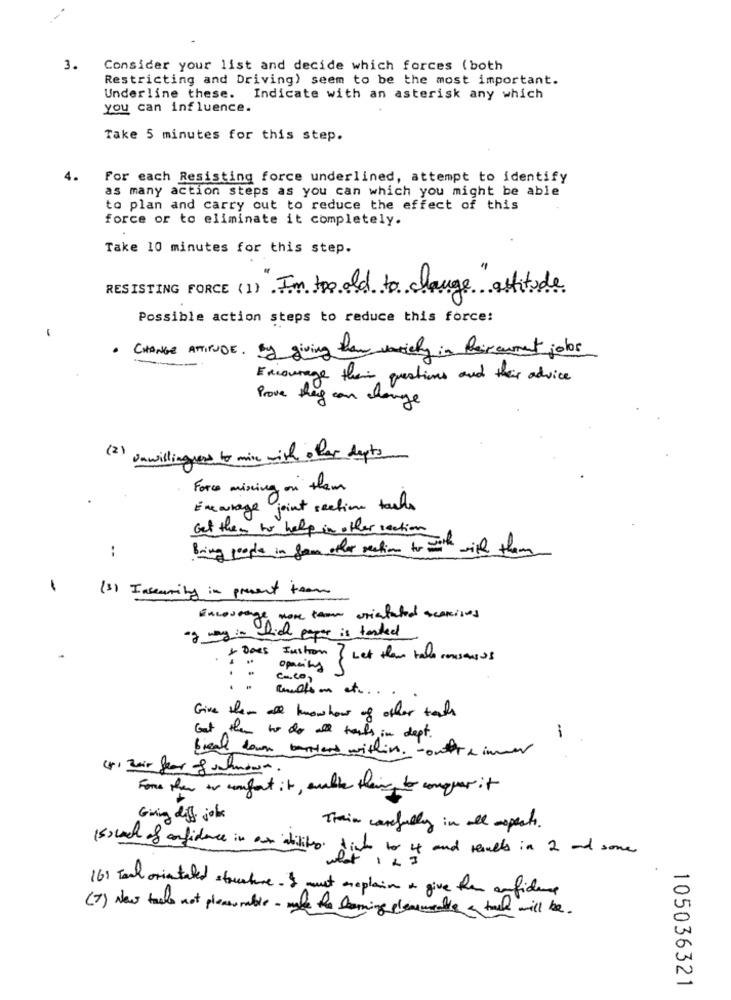
3.
Consider your list and decide which forces (both
Restricting and Driving) seem to be the most important.
Underline these. Indicate with an asterisk any which
you can influence.
Take 5 minutes for this step.
4.
For each Resisting force underlined, attempt to identify
as many action steps as you can which you might be able
to plan and carry out to reduce the effect of this
force or to eliminate it completely.
Take 10 minutes for this step.
RESISTING FORCE (1) I'm too old to change actitude
Possible action steps to reduce this force:
1
CHANGE ATTITUDE. By giving than variety in feiraument jobs
Encourage their questions and their advice
Prove they can change
(2) Unwillingness to mine with ofer depts
Force mixing on them
Encourage joint section tasks
Get them to help in other section
:
Bring people in from other reaction to with with them
(3) Inseamity in present toom
Encourage more tame cristated scanises
af way in fid pagar is tested
-
* Does Instron ? Let them take consensus
opacity $
caco,
: : .
Rundtson et. . .
Give them all knowhow of other tasks
Gut them to do all tests in dept.
-
Break down bernard within. - out & immer
Fome them or comfort it, enable their to conquer it
Giving diff john
Thein carefully in all aspects.
(such of confidence in air dislikes dich to it and results in 2 nd some
16: Tach orientated structure. I must areplain i give han confidence
(7) New tasks not pleasurable - made the droning dlememorable & tal will be.
105036321